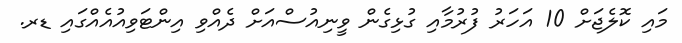
މައި ކޮލެޖަށް 10 އަހަރު ފުރުމާއި ގުޅިގެން ވީނިއުސްއަށް ދެއްވި އިންޓަވިއުއެއްގައި ޑރ.